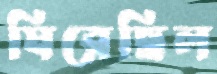
ঘিরেছিল